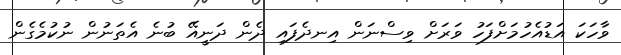
ވާހަކަ އަޑުއެހުމަށްފަހު ވަރަށް ވިސްނަން އިނދެފައި ދެން ދަނީއޭ ބުނެ އެތަނުން ނުކުމެގެން